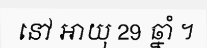
នៅ អាយុ 29 ឆ្នាំ ។